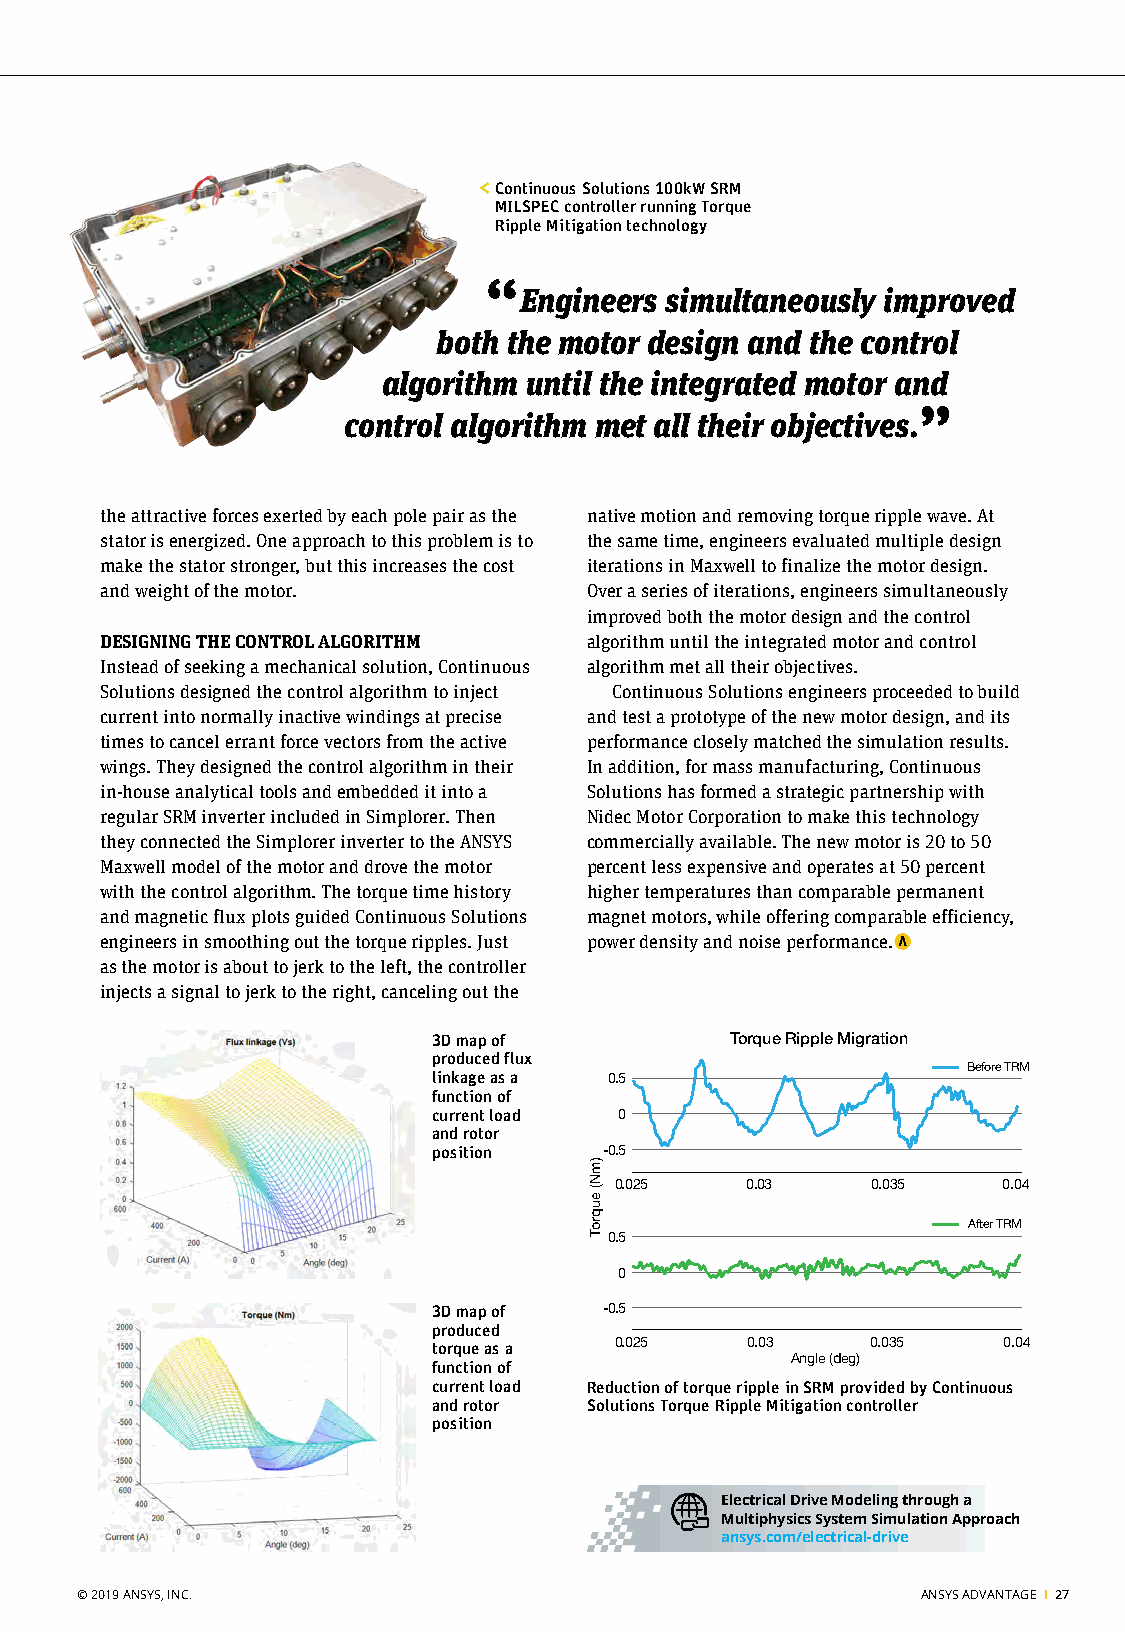
< Continuous Solutions 100kW SRM
 MILSPEC controller running Torque
 Ripple Mitigation technology
 “
 Engineers simultaneously improved
 both the motor design and the control
 algorithm until the integrated motor and
 ”
 control algorithm met all their objectives.
 the attractive forces exerted by each pole pair as the native motion and removing torque ripple wave. At
 stator is energized. One approach to this problem is to the same time, engineers evaluated multiple design
 make the stator stronger, but this increases the cost iterations in Maxwell to finalize the motor design.
 and weight of the motor.        Over a series of iterations, engineers simultaneously
 improved both the motor design and the control
 DESIGNING THE CONTROL ALGORITHM algorithm until the integrated motor and control
 Instead of seeking a mechanical solution, Continuous algorithm met all their objectives.
 Solutions designed the control algorithm to inject Continuous Solutions engineers proceeded to build
 current into normally inactive windings at precise and test a prototype of the new motor design, and its
 times to cancel errant force vectors from the active performance closely matched the simulation results.
 wings. They designed the control algorithm in their In addition, for mass manufacturing, Continuous
 in-house analytical tools and embedded it into a Solutions has formed a strategic partnership with
 regular SRM inverter included in Simplorer. Then Nidec Motor Corporation to make this technology
 they connected the Simplorer inverter to the ANSYS commercially available. The new motor is 20 to 50
 Maxwell model of the motor and drove the motor percent less expensive and operates at 50 percent
 with the control algorithm. The torque time history higher temperatures than comparable permanent
 and magnetic flux plots guided Continuous Solutions magnet motors, while offering comparable efficiency,
 engineers in smoothing out the torque ripples. Just power density and noise performance.
 as the motor is about to jerk to the left, the controller
 injects a signal to jerk to the right, canceling out the
 3D map of          Torque Ripple Migration
 produced flux
 linkage as a 0.5                   Before TRM
 function of
 current load 0
 and rotor
 position   -0.5
 0.025   0.03     0.035   0.04
 After TRM
 0.5
 0
 3D map of  -0.5
 produced
 torque as a 0.025    0.03    0.035   0.04
 function of            Angle (deg)
 current load Reduction of torque ripple in SRM provided by Continuous
 and rotor Solutions Torque Ripple Mitigation controller
 position
 Electrical Drive Modeling through a
 Multiphysics System Simulation Approach
 ansys.com/electrical-drive
 © 2019 ANSYS, INC.                                      ANSYS ADVANTAGE I 27
 )mN(
 euqroT